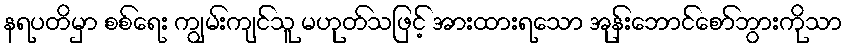
နရပတိမှာ စစ်ရေး ကျွမ်းကျင်သူ မဟုတ်သဖြင့် အားထားရသော အုန်းဘောင်စော်ဘွားကိုသာ